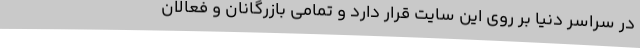
در سراسر دنیا بر روی این سایت قرار دارد و تمامی بازرگانان و فعالان